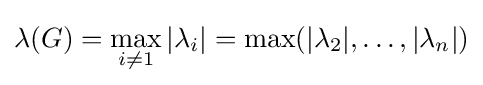
\lambda (G)=\max _{i\neq 1}|\lambda _{i}|=\max(|\lambda _{2}|,\ldots ,|\lambda _{n}|)